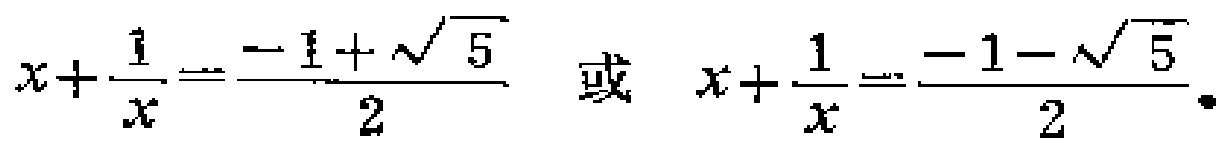
$x+\frac{1}{x}=\frac{-1 + \sqrt{5}}{2}\ 或\ x+\frac{1}{x}=\frac{-1 - \sqrt{5}}{2}$